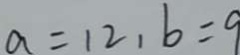
a = 1 2 , b = 9